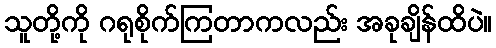
သူတို့ကို ဂရုစိုက်ကြတာကလည်း အခုချိန်ထိပဲ။